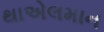
થાએલમાન